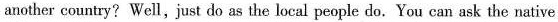
another country? Well, just do as the local people do. You can ask the native